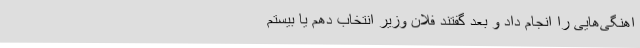
اهنگی‌هایی را انجام داد و بعد گفتند فلان وزیر انتخاب دهم یا بیستم